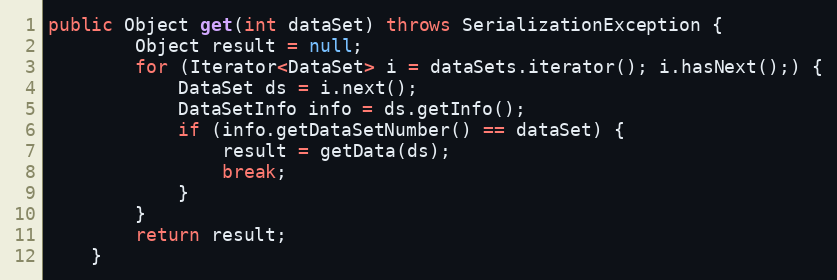
Language: Java
public Object get(int dataSet) throws SerializationException {
		Object result = null;
		for (Iterator<DataSet> i = dataSets.iterator(); i.hasNext();) {
			DataSet ds = i.next();
			DataSetInfo info = ds.getInfo();
			if (info.getDataSetNumber() == dataSet) {
				result = getData(ds);
				break;
			}
		}
		return result;
	}